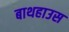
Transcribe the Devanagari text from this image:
बाथहाउस